NAE_EAOK_eestikeelsed_sunnimeetrikad, lk 29
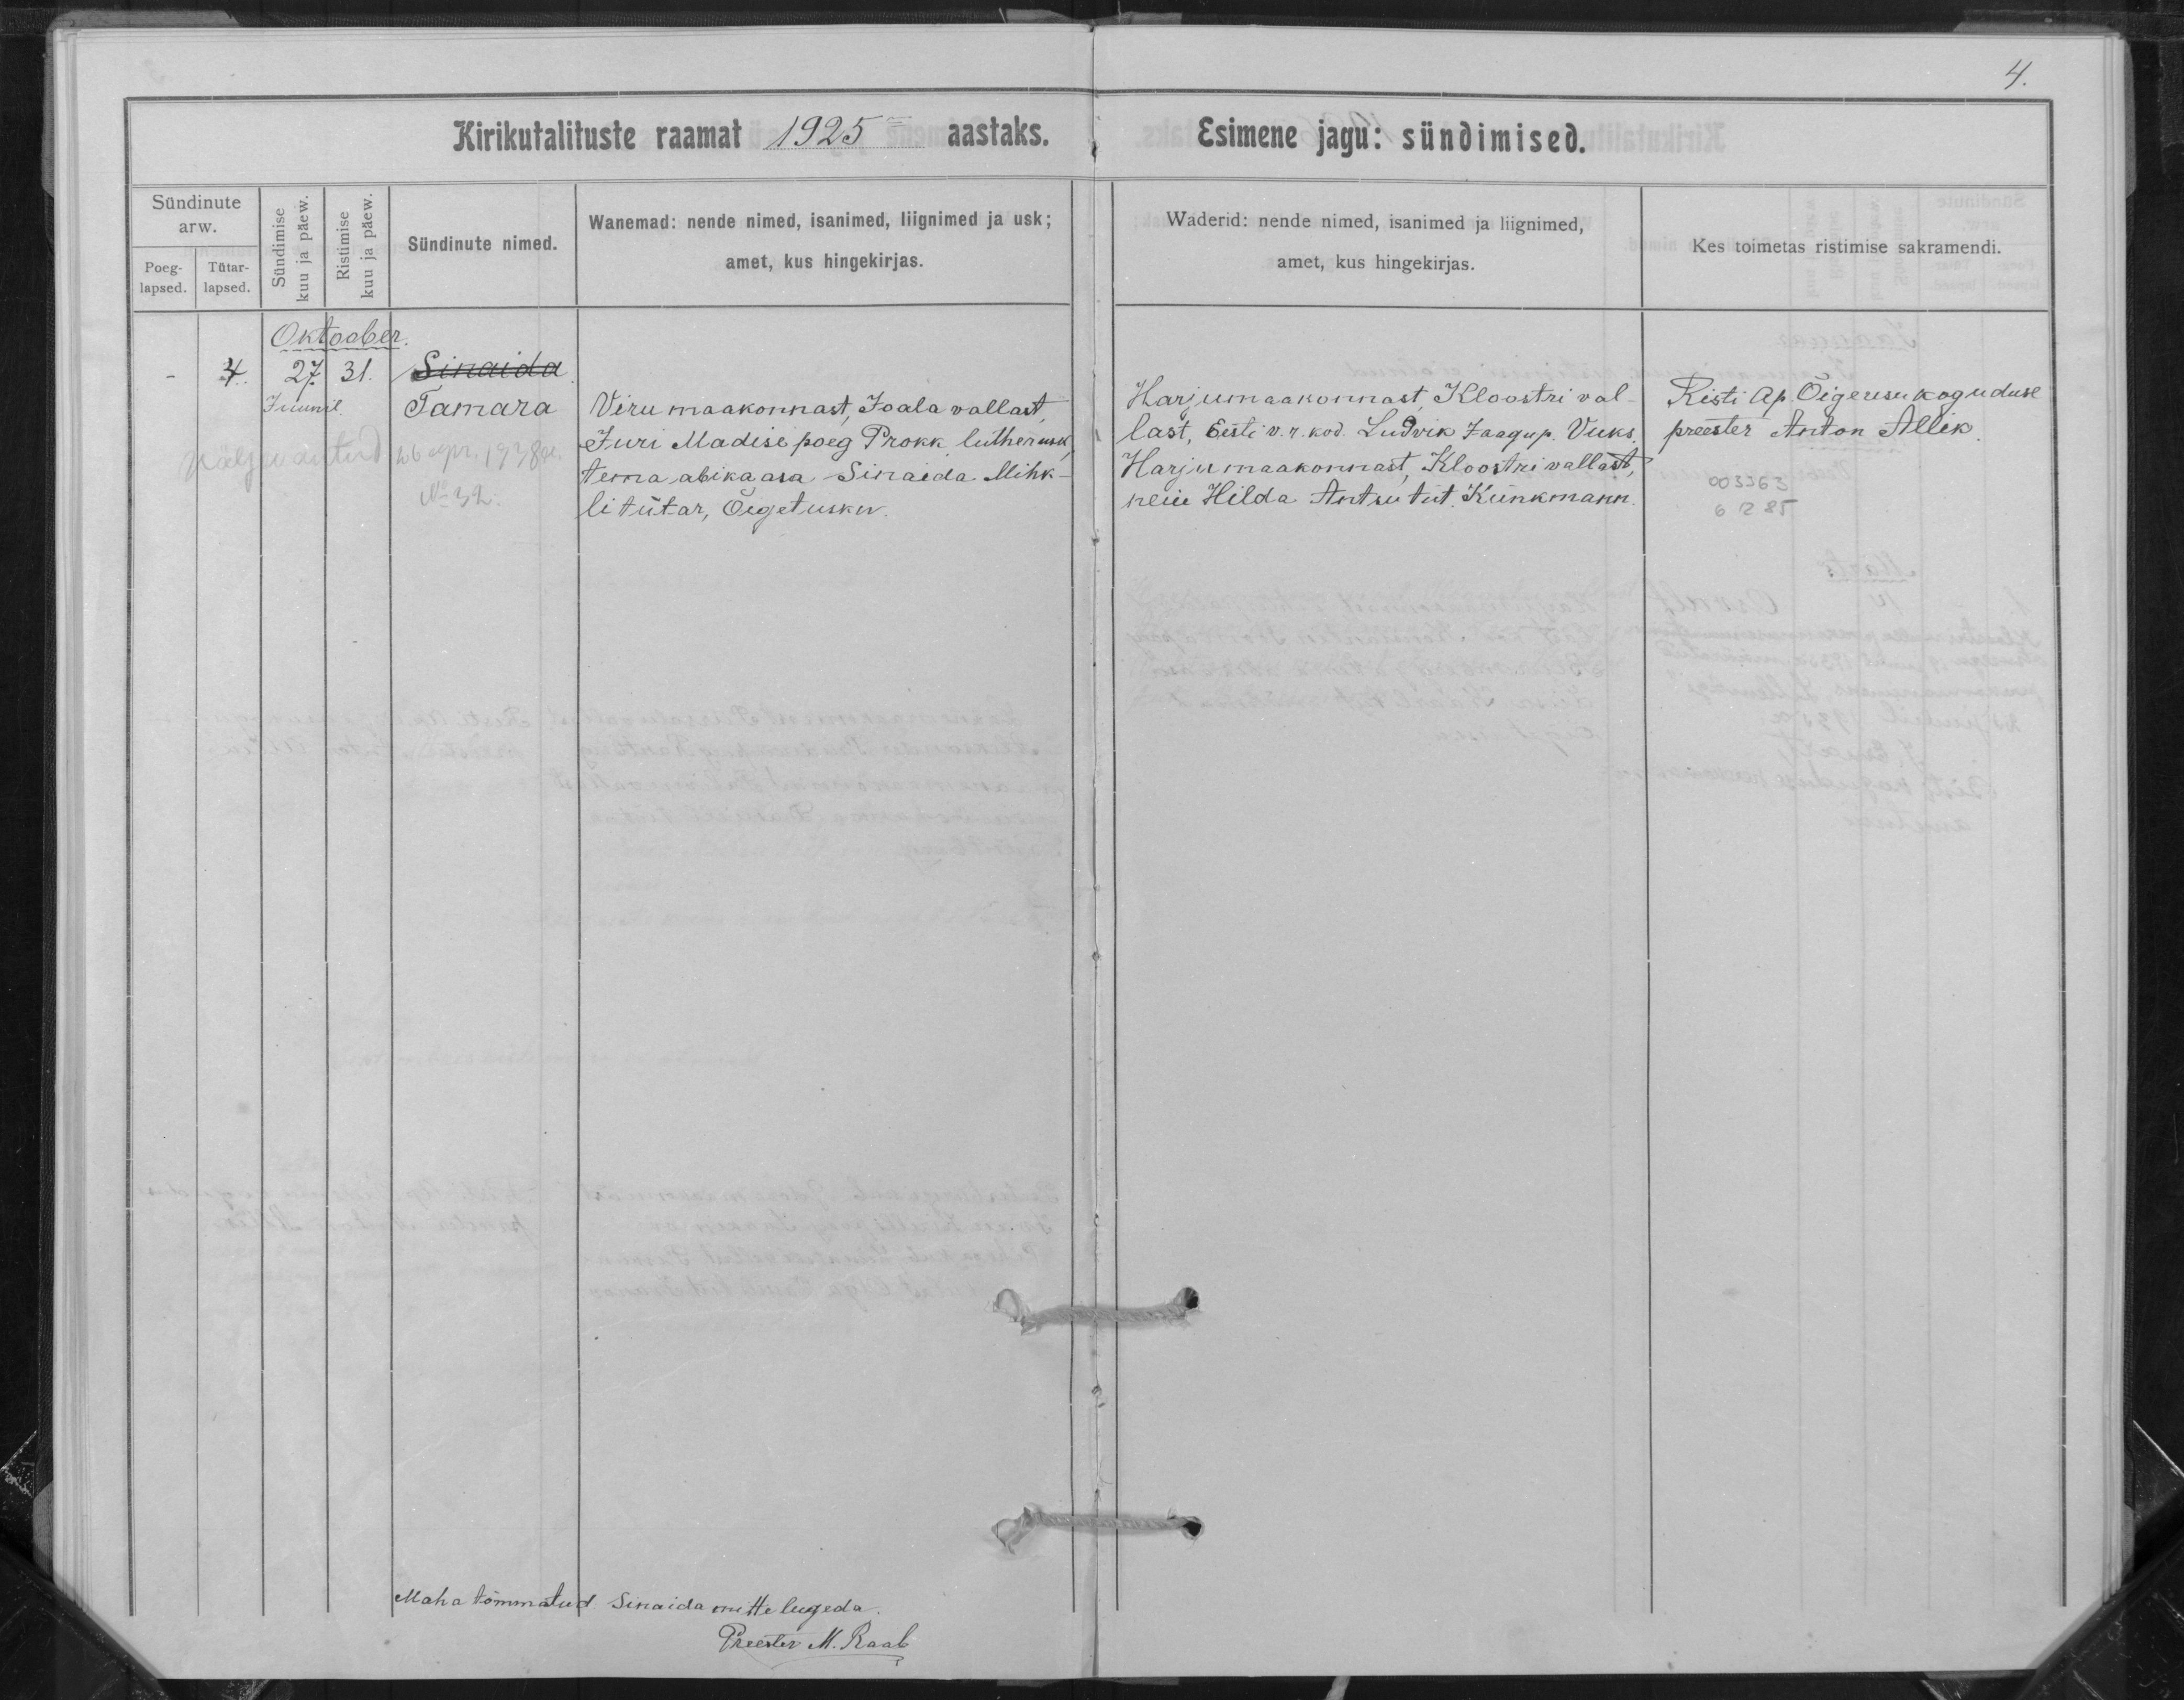
Sinaida
Tamara

Viru maakonnast, Joala vallast,
Juri Madise poeg Prokk, Lutheri usk,
tema abikaasa Sinaida Mihk-
li tütar, Õiget usku.